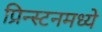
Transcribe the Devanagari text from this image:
प्रिन्स्टनमध्ये